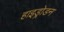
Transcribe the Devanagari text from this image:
हाइड्रोडन